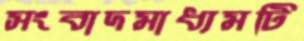
সংবাদমাধ্যমটি